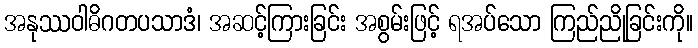
အနုဿဝါဓိဂတပသာဒံ၊ အဆင့်ကြားခြင်း အစွမ်းဖြင့် ရအပ်သော ကြည်ညိုခြင်းကို။